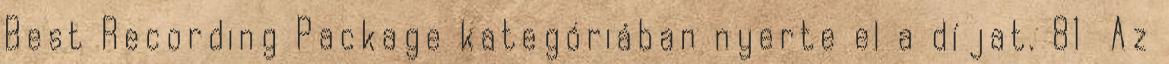
Best Recording Package kategóriában nyerte el a díjat. 81 Az